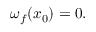
\omega _ { f } ( x _ { 0 } ) = 0 .